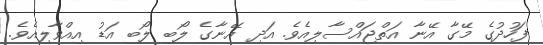
ފަހުދުގެ މޭގާ އޭނާ އަތްޖައްސާލިއެވެ. އަދި އޭނާގެ ލޯބި ލޯބި އަޑު އިއްވާލިއެވެ.